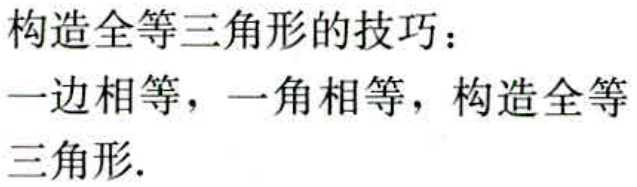
构造全等三角形的技巧：

一边相等，一角相等，构造全等

三角形.